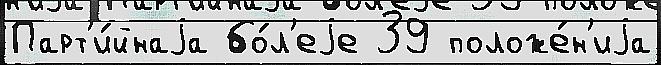
Парт'и́йнаjа бо́л'еjе 39 положе́н'иjа